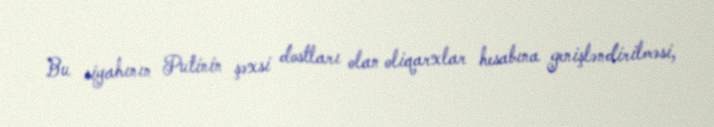
Bu siyahının Putinin şəxsi dostları olan oliqarxlar hesabına genişləndirilməsi,